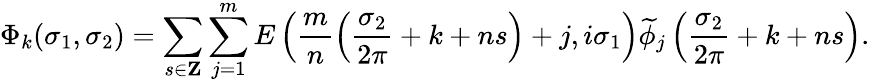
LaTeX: \Phi_{k}(\sigma_{1},\sigma_{2})=\sum_{s\in{\mathbf Z}}\sum_{j=1}^{m}E\left(\frac{m}{n}\left(\frac{\sigma_{2}}{2\pi}+k+ns\right)+j,i\sigma_{1}\right)\widetilde{\phi}_{j}\left(\frac{\sigma_{2}}{2\pi}+k+ns\right).